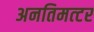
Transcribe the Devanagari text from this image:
अनतिमत्टर